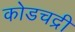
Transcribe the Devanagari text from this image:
कोडचद्री